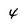
Character: 4